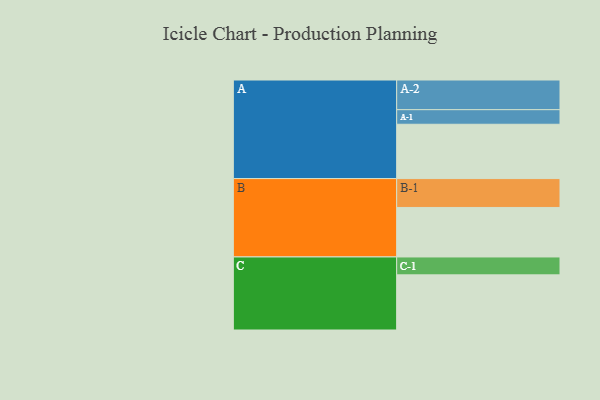
{"axis": {"x": "Segment", "y": "Value"}, "legend": ["", "A", "B", "C"], "data": [{"x": "A", "y": 540, "type": ""}, {"x": "B", "y": 492, "type": ""}, {"x": "C", "y": 548, "type": ""}, {"x": "A-1", "y": 145, "type": "A"}, {"x": "A-2", "y": 295, "type": "A"}, {"x": "B-1", "y": 287, "type": "B"}, {"x": "C-1", "y": 178, "type": "C"}]}